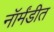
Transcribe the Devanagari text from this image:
नॉर्मंडीत